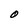
Character: O